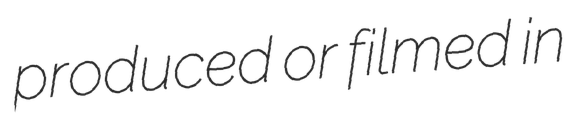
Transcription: produced or filmed in